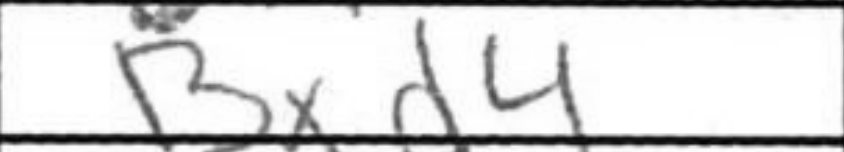
Transcription: Bxd4